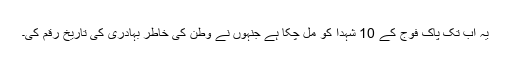
یہ اب تک پاک فوج کے 10 شہدا کو مل چکا ہے جنہوں نے وطن کی خاطر بہادری کی تاریخ رقم کی۔